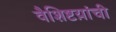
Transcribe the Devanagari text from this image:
वैशिष्टय़ांची